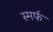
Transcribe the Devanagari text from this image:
स्मर्फ